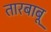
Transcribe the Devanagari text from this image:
तारबाबू